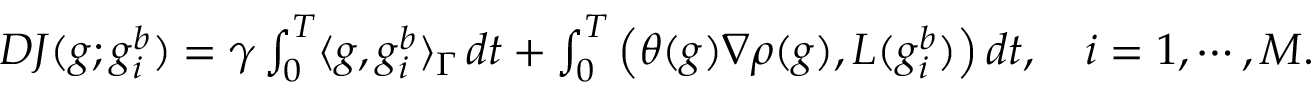
\begin{array} { r } { D J ( g ; g _ { i } ^ { b } ) = \gamma \int _ { 0 } ^ { T } \langle g , g _ { i } ^ { b } \rangle _ { \Gamma } \, d t + \int _ { 0 } ^ { T } \left( \theta ( g ) \nabla \rho ( g ) , L ( g _ { i } ^ { b } ) \right) d t , \quad i = 1 , \cdots , M . } \end{array}